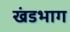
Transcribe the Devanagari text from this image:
खंडभाग